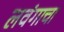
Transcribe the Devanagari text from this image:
लवंगाचा